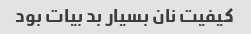
کیفیت نان بسیار بد بیات بود